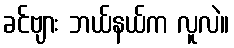
ခင်ဗျား ဘယ်နယ်က လူလဲ။